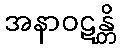
အနာဝဋန္တိ